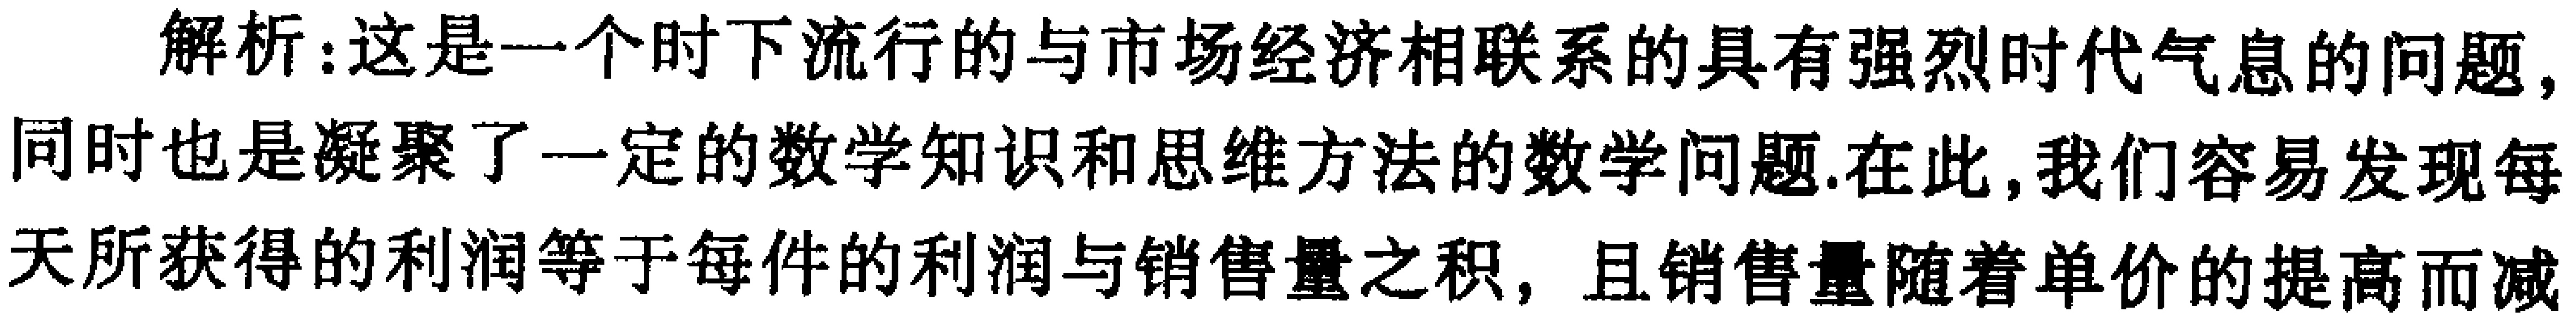
解析：这是一个时下流行的与市场经济相联系的具有强烈时代气息的问题，同时也是凝聚了一定的数学知识和思维方法的数学问题.在此,我们容易发现每天所获得的利润等于每件的利润与销售量之积，且销售量随着单价的提高而减